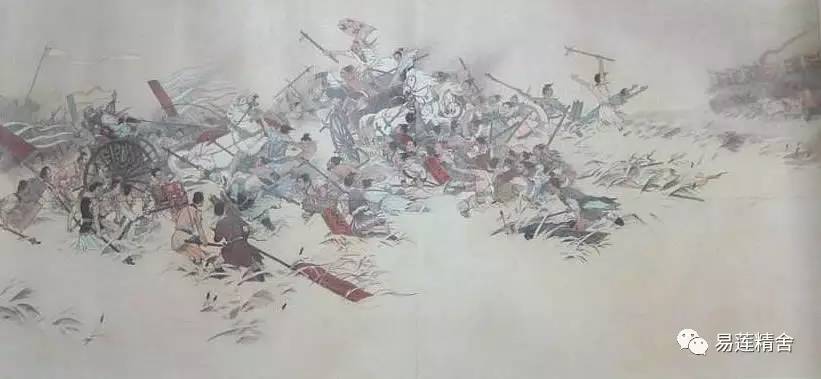
天意眷我中兴，吾皇神武，踵曾孙周发。